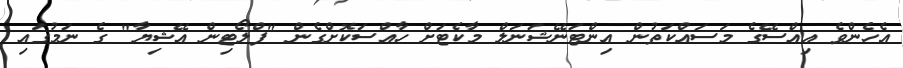
އެހެންވެ އިއްސޭގެ މަސައްކަތުން އިންޓަނޭޝަނަލް މާކެޓަށް ހާއްސަކޮށްގެން "ފްލޯޓިން އޭޝިޔާ" ގެ ނަމުގައި